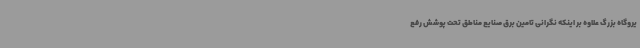
یروگاه بزرگ علاوه بر اینکه نگرانی تامین برق صنایع مناطق تحت پوشش رفع